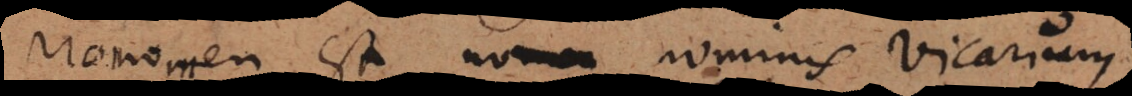
Pronomen est nomen nominis Vicarium.